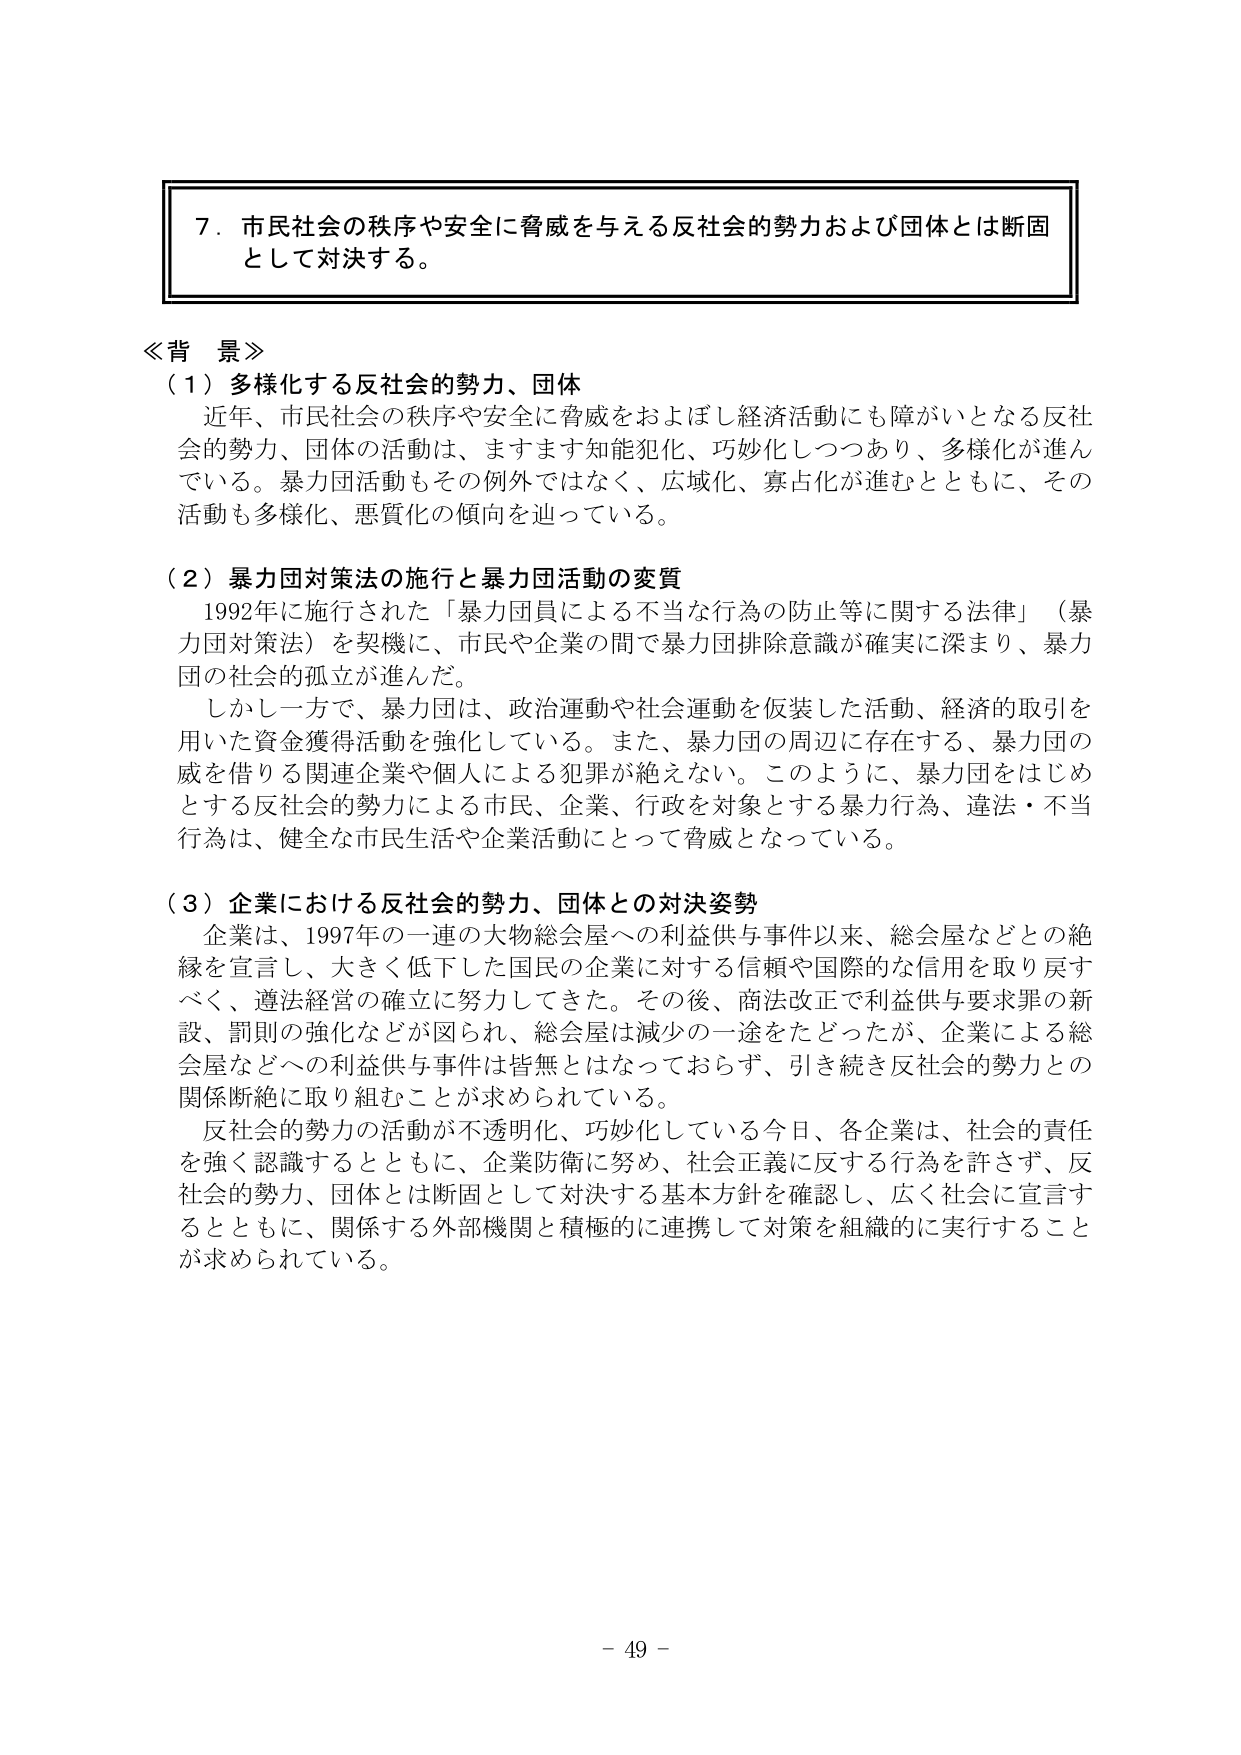
７．市民社会の秩序や安全に脅威を与える反社会的勢力および団体とは断固として対決する。

≪背景≫
（１）多様化する反社会的勢力、団体
　近年、市民社会の秩序や安全に脅威をおよぼし経済活動にも障がいとなる反社会的勢力、団体の活動は、ますます知能犯化、巧妙化しつつあり、多様化が進んでいる。暴力団活動もその例外ではなく、広域化、寡占化が進むとともに、その活動も多様化、悪質化の傾向を辿っている。

（２）暴力団対策法の施行と暴力団活動の変質
　1992年に施行された「暴力団員による不当な行為の防止等に関する法律」（暴力団対策法）を契機に、市民や企業の間で暴力団排除意識が確実に深まり、暴力団の社会的孤立が進んだ。
　しかし一方で、暴力団は、政治運動や社会運動を仮装した活動、経済的取引を用いた資金獲得活動を強化している。また、暴力団の周辺に存在する、暴力団の威を借りる関連企業や個人による犯罪が絶えない。このように、暴力団をはじめとする反社会的勢力による市民、企業、行政を対象とする暴力行為、違法・不当行為は、健全な市民生活や企業活動にとって脅威となっている。

（３）企業における反社会的勢力、団体との対決姿勢
　企業は、1997年の一連の大物総会屋への利益供与事件以来、総会屋などとの絶縁を宣言し、大きく低下した国民の企業に対する信頼や国際的な信用を取り戻すべく、遵法経営の確立に努力してきた。その後、商法改正で利益供与要求罪の新設、罰則の強化などが図られ、総会屋は減少の一途をたどったが、企業による総会屋などへの利益供与事件は皆無とはなっておらず、引き続き反社会的勢力との関係断絶に取り組むことが求められている。
　反社会的勢力の活動が不透明化、巧妙化している今日、各企業は、社会的責任を強く認識するとともに、企業防衛に努め、社会正義に反する行為を許さず、反社会的勢力、団体とは断固として対決する基本方針を確認し、広く社会に宣言するとともに、関係する外部機関と積極的に連携して対策を組織的に実行することが求められている。

－ 49 －